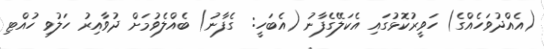
(އެއްދުވަހެއްގެ) ހަވީރުކޮޅުގައި އެކަލޭގެފާނު (އެބަހީ:  ގެފާނު) ބެއްލެވުމަށް ދުވާއިރު ހަލުވި ހުއްޓި